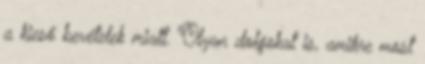
a kieső bevételek miatt. Olyan dolgokat is, amikre most